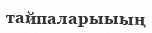
тайпаларыыың